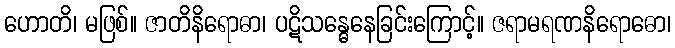
ဟောတိ၊ မဖြစ်။ ဇာတိနိရောဓာ၊ ပဋိသန္ဓေနေခြင်းကြောင့်။ ဇရာမရဏနိရောဓော၊